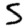
Digit: 5